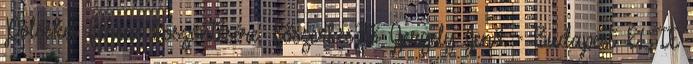
Pölöskei Ferenc köszöntésére. Főszerkesztő Gergely Jenő. - Budapest: ELTE